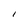
Character: I